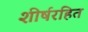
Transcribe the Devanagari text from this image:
शीर्षरहित